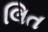
લિત